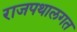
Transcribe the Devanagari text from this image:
राजपथालगत